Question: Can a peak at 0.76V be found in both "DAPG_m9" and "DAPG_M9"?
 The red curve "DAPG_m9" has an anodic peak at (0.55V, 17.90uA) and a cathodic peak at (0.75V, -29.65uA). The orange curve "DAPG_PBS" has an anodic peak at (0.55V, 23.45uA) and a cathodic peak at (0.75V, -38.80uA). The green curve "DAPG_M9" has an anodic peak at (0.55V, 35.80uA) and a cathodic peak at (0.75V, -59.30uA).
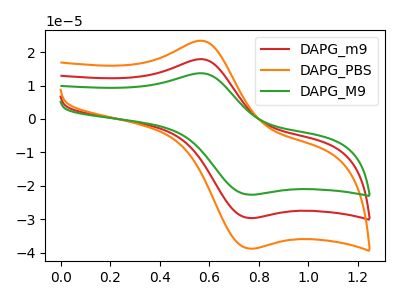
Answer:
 <answer>Yes, "DAPG_m9" and "DAPG_M9" share a peak at 0.76V.</answer>
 <eval>match</eval>